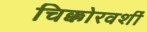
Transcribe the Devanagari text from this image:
चिक्कोरवशीं